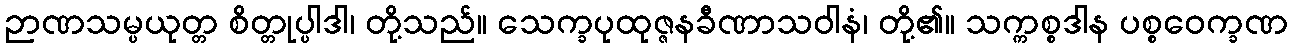
ဉာဏသမ္ပယုတ္တ စိတ္တုပ္ပါဒါ၊ တို့သည်။ သေက္ခပုထုဇ္ဇနခီဏာသဝါနံ၊ တို့၏။ သက္ကစ္စဒါန ပစ္စဝေက္ခဏ